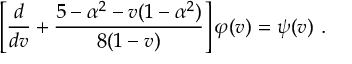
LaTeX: \left[ \frac { d } { d v } + \frac { 5 - \alpha ^ { 2 } - v ( 1 - \alpha ^ { 2 } ) } { 8 ( 1 - v ) } \right] \varphi ( v ) = \psi ( v ) ~ .